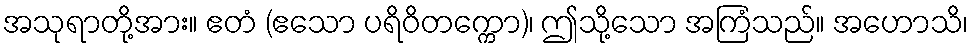
အသုရာတို့အား။ ဧတံ (ဧသော ပရိဝိတက္ကော)၊ ဤသို့သော အကြံသည်။ အဟောသိ၊